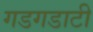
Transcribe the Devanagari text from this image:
गडगडाटी